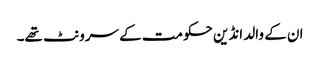
ان کے والد انڈین حکومت کے سرونٹ تھے۔